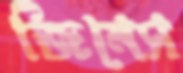
জিনেস